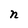
Character: n